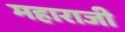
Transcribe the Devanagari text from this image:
महाराजी